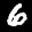
Label: 6